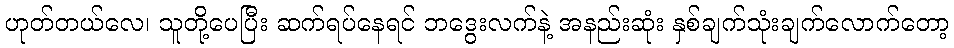
ဟုတ်တယ်လေ၊ သူတို့ပေပြီး ဆက်ရပ်နေရင် ဘဒွေးလက်နဲ့ အနည်းဆုံး နှစ်ချက်သုံးချက်လောက်တော့